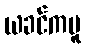
ယခင်ကမူ